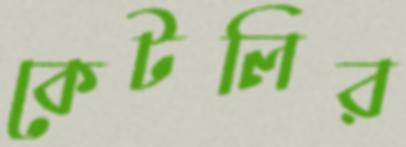
কেটলির